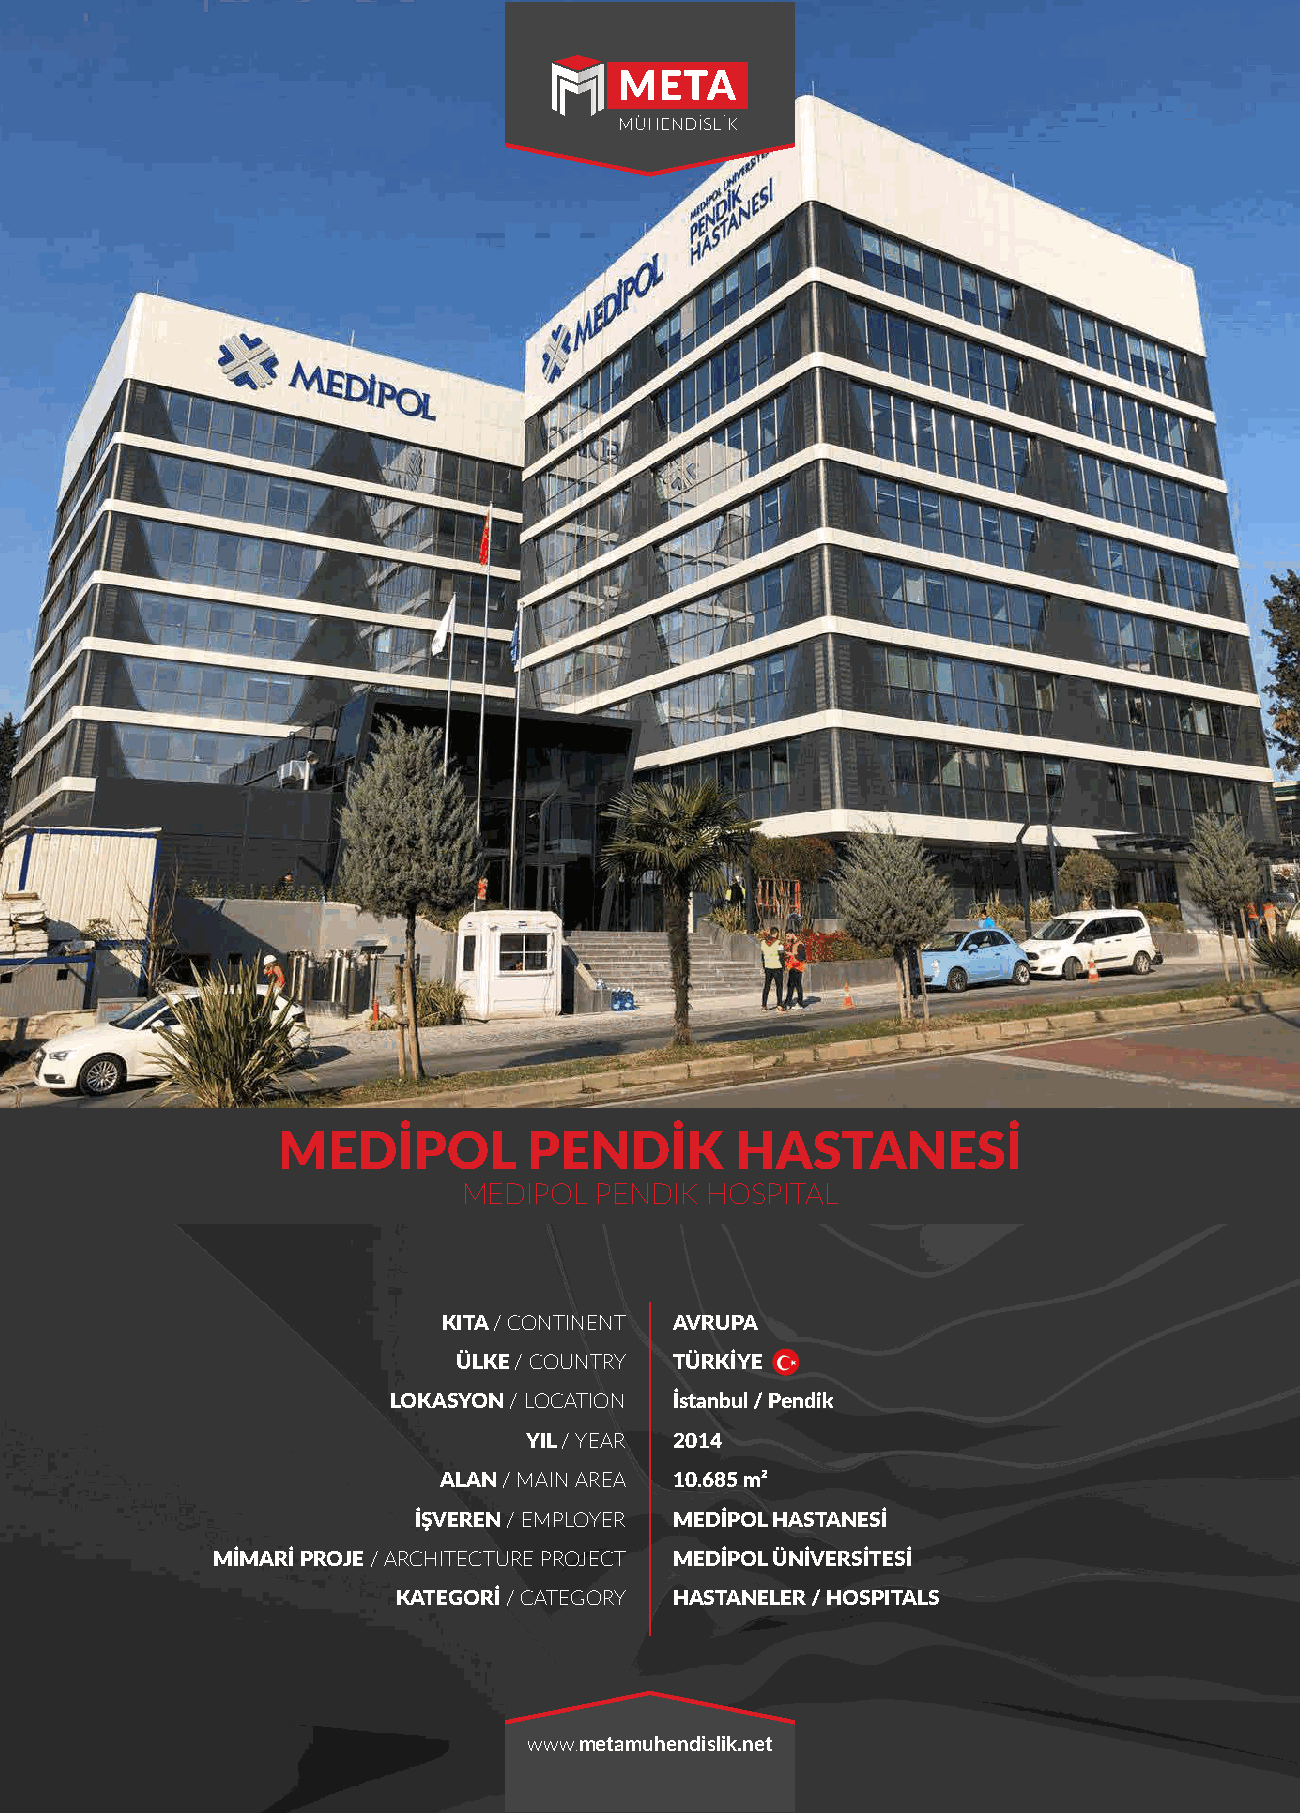
MEDİPOL          PENDİK        HASTANESİ
 MEDIPOL PENDIK  HOSPITAL
 KITA / CONTINENT AVRUPA
 ÜLKE / COUNTRY TÜRKİYE
 LOKASYON / LOCATION İstanbul / Pendik
 YIL / YEAR 2014
 ALAN / MAIN AREA 10.685 m²
 İŞVEREN / EMPLOYER MEDİPOL HASTANESİ
 MİMARİ PROJE / ARCHITECTURE PROJECT MEDİPOL ÜNİVERSİTESİ
 KATEGORİ / CATEGORY HASTANELER / HOSPITALS
 www.metamuhendislik.net